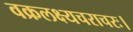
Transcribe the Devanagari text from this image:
वक्रलक्ष्यचराचरः।